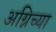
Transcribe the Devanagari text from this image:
अग्निच्या